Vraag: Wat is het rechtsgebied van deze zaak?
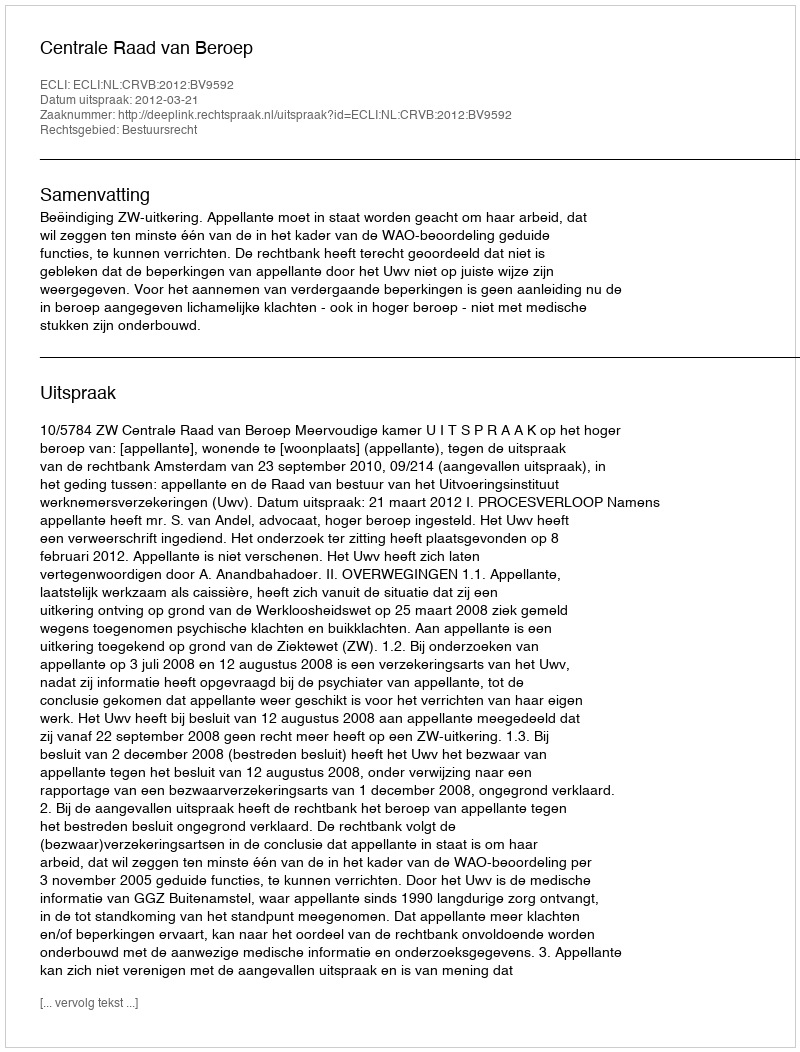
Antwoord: Bestuursrecht